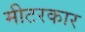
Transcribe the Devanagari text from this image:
मीटरकार